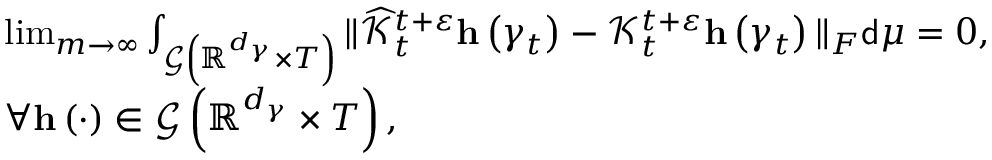
\begin{array} { r l } & { \operatorname* { l i m } _ { m \rightarrow \infty } \int _ { \mathcal { G } \left( \mathbb { R } ^ { d _ { \gamma } } \times T \right) } \Vert \widehat { \mathcal { K } } _ { t } ^ { t + \varepsilon } \mathbf { h } \left( \gamma _ { t } \right) - \mathcal { K } _ { t } ^ { t + \varepsilon } \mathbf { h } \left( \gamma _ { t } \right) \Vert _ { F } \mathsf { d } \mu = 0 , } \\ & { \forall \mathbf { h } \left( \cdot \right) \in \mathcal { G } \left( \mathbb { R } ^ { d _ { \gamma } } \times T \right) , } \end{array}